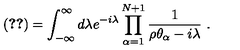
\left( \ref { k o t e n c p n k o s o k u } \right) = \int _ { - \infty } ^ { \infty } d \lambda e ^ { - i \lambda } \prod _ { \alpha = 1 } ^ { N + 1 } { \frac { 1 } { \rho \theta _ { \alpha } - i \lambda } } \ .